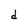
Character: d